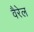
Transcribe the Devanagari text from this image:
वैरेल